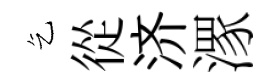
乞從济潈